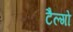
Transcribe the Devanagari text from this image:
टैल्गो